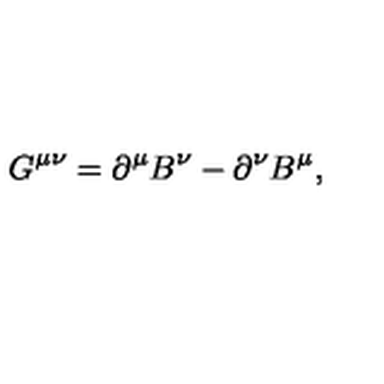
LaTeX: G ^ { \mu \nu } = \partial ^ { \mu } B ^ { \nu } - \partial ^ { \nu } B ^ { \mu } ,